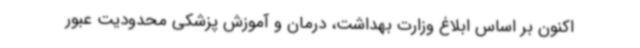
اکنون بر اساس ابلاغ وزارت بهداشت، درمان و آموزش پزشکی محدودیت عبور